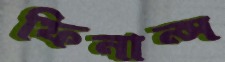
ফিনান্স